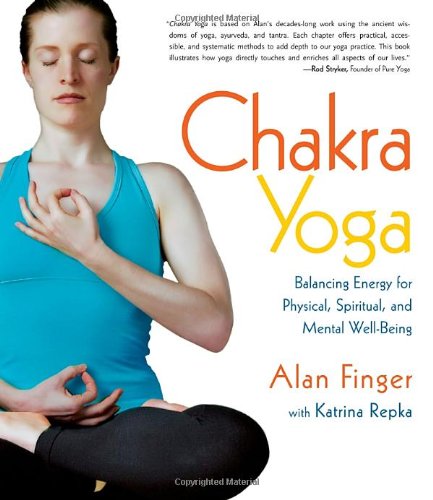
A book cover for Chakra Yoga: Balancing Energy for Physical, Spiritual, and Mental Well-being; Alan Finger; Religion & Spirituality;